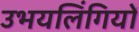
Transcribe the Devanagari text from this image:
उभयलिंगियों